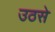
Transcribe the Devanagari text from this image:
उठसे